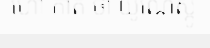
ហៅ កាត់ ថា យូណេស្កូ